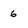
Character: 6